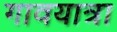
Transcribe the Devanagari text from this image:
गावयात्रा